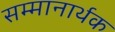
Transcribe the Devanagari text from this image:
सम्मानार्थक